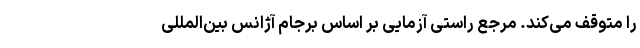
را متوقف می‌کند. مرجع راستی آزمایی بر اساس برجام آژانس بین‌المللی